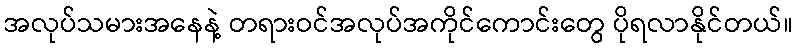
အလုပ်သမားအနေနဲ့ တရားဝင်အလုပ်အကိုင်ကောင်းတွေ ပိုရလာနိုင်တယ်။